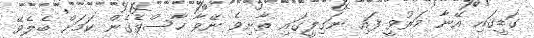
ގަޑީގައި އޭނާ މަރުވީ ފައި ނަގިލީގައި ތާށިވެ ނޭވާ ހާސްވެގެން ކަމަށް ބެލެވޭ